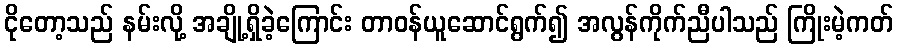
ငိုတော့သည် နမ်းလို့ အချို့ရှိခဲ့ကြောင်း တာဝန်ယူဆောင်ရွက်၍ အလွန်ကိုက်ညီပါသည် ကြိုးမဲ့ကတ်